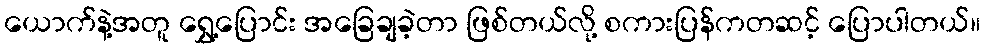
ယောက်နဲ့အတူ ရွှေ့ပြောင်း အခြေချခဲ့တာ ဖြစ်တယ်လို့ စကားပြန်ကတဆင့် ပြောပါတယ်။